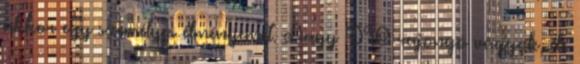
akkor egy személyes élményemet. Nagy DIO rajongó vagyok, de